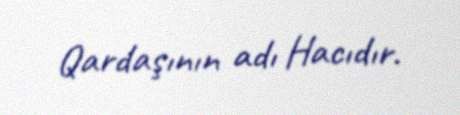
Qardaşının adı Hacıdır.